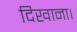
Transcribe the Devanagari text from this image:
दिखाना।